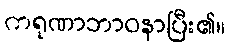
ကရုဏာဘာဝနာပြီး၏။